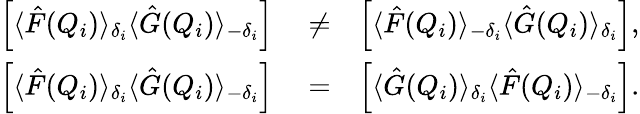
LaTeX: \begin{array}{rlr}{\left[\langle\hat{F}(Q_{i})\rangle_{\delta_{i}}\langle\hat{G}(Q_{i})\rangle_{-\delta_{i}}\right]}&{{}\neq}&{\left[\langle\hat{F}(Q_{i})\rangle_{-\delta_{i}}\langle\hat{G}(Q_{i})\rangle_{\delta_{i}}\right],}\\ {\left[\langle\hat{F}(Q_{i})\rangle_{\delta_{i}}\langle\hat{G}(Q_{i})\rangle_{-\delta_{i}}\right]}&{{}=}&{\left[\langle\hat{G}(Q_{i})\rangle_{\delta_{i}}\langle\hat{F}(Q_{i})\rangle_{-\delta_{i}}\right].}\end{array}